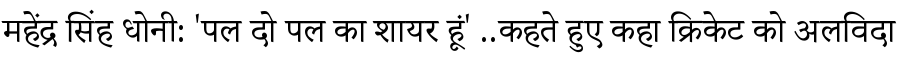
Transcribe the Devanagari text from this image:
महेंद्र सिंह धोनी: 'पल दो पल का शायर हूं' ..कहते हुए कहा क्रिकेट को अलविदा